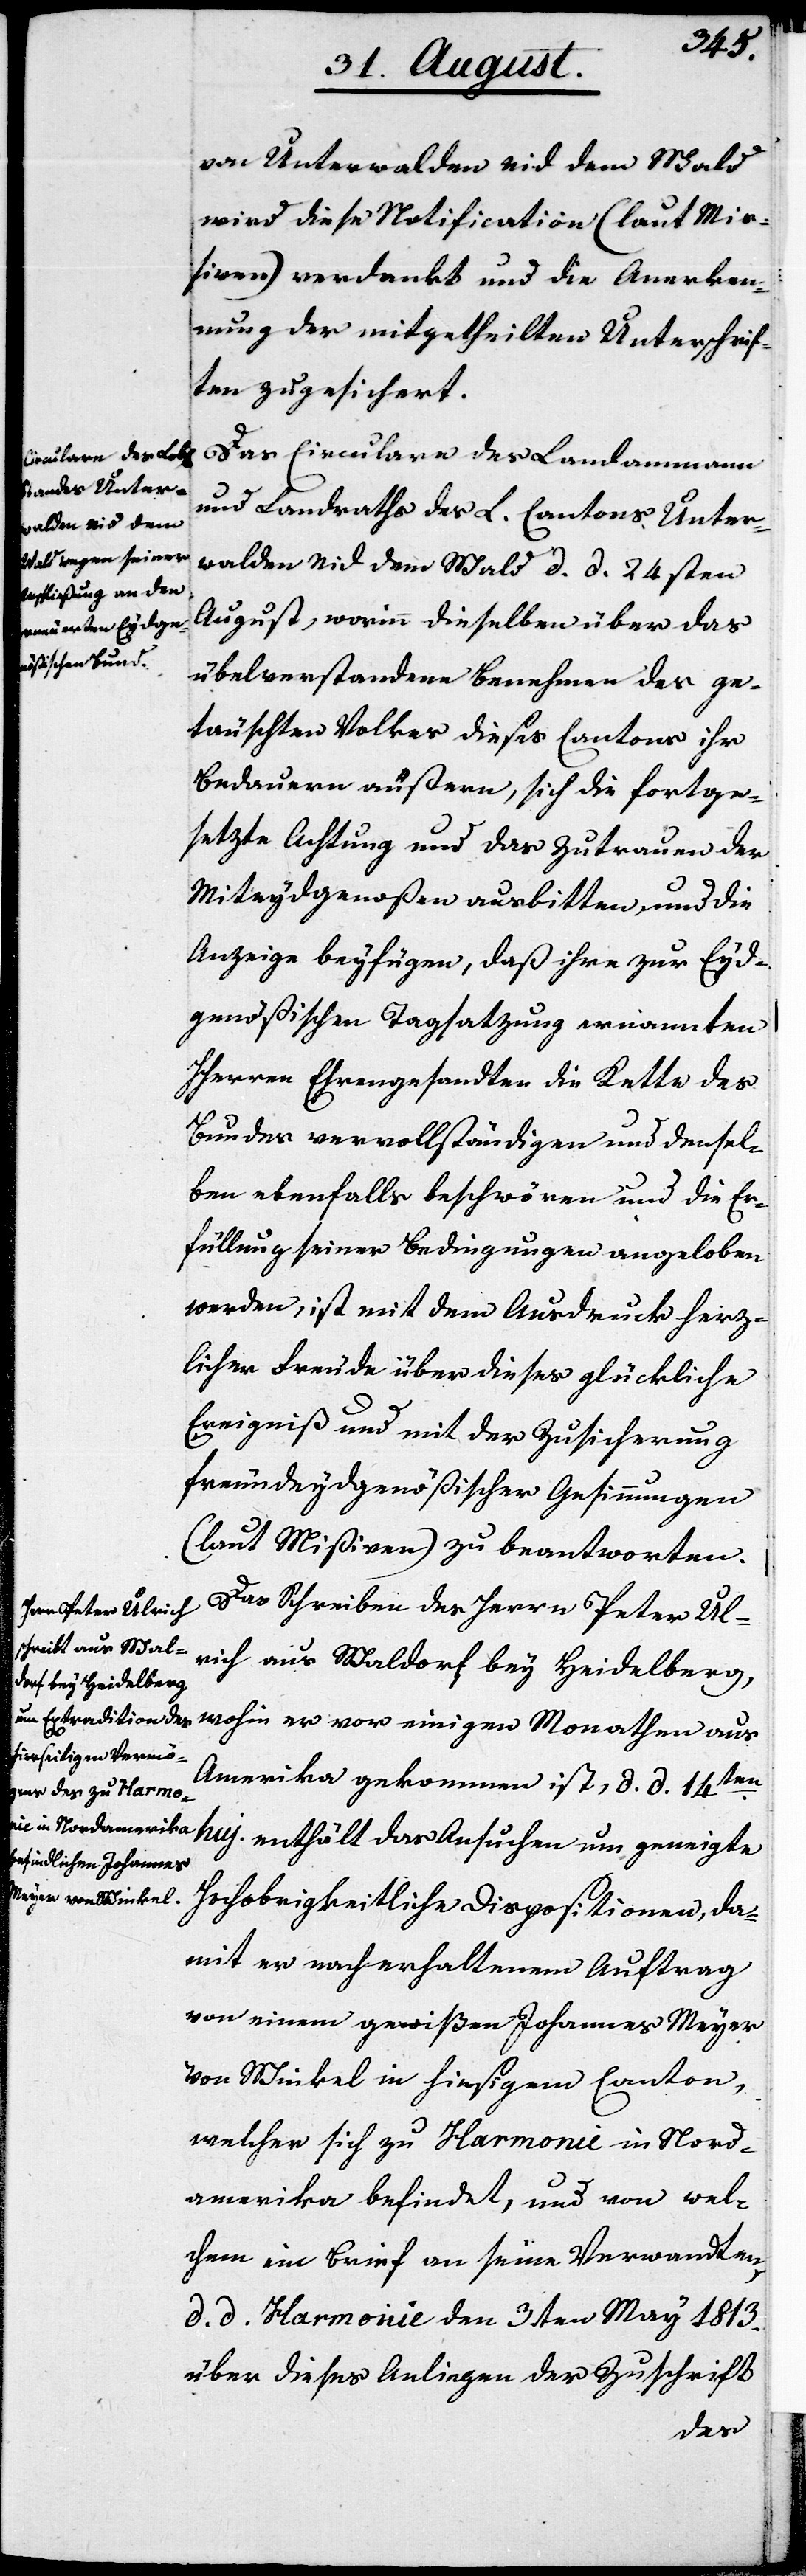
von Unterwalden Nid dem Wald
wird diese Notification (laut Miß¬
iven) verdankt und die Anerken¬
nung der mitgetheilten Unterschrif¬
ten zugesichert.
Das Circulare des Landammann
und Landrath des L. Cantons Unter¬
walden Nid dem Wald d. d. 24sten
August, worinn dieselben über das
übelverstandene Benehmen des ge¬
täuschten Volkes dieses Cantons ihr
Bedauern äußern, sich die fortge¬
setzte Achtung und das Zutrauen der
Miteydgenoßen ausbitten und die
Anzeige beyfügen, daß ihre zur Eyd¬
genößischen Tagsatzung ernannten
HHerren Ehrengesandten die Kette des
Bundes vervollständigen und densel¬
ben ebenfalls beschwören und die Er¬
füllung seiner Bedingungen angeloben
wollen, ist mit dem Ausdruck herz¬
licher Freude über dieses glückliche
Ereigniß und mit der Zusicherung
freundeydgenößischer Gesinnungen
(laut Mißiven) zu beantworten.
Das Schreiben des Herrn Peter Ul¬
rich aus Waldorf bey Heidelberg,
wohin er vor einigen Monathen aus
Amerika gekommen ist, d. d. 14ten
huj. enthält das Ansuchen um geneigte
Hochobrigkeitliche Dispositionen, da¬
mit er nach erhaltenem Auftrag
von einem gewißen Johannes Meyer
von Winkel in hiesigem Canton
welcher sich zu Harmonie in Nord¬
amerika befindet, und von wel¬
chem ein Brief an seine Verwandten,
d. d. Harmonie den 3ten May 1813
über dieses Anliegen der Zuschrift